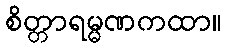
စိတ္တာရမ္မဏကထာ။